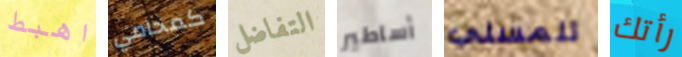
اهبط كمحامي التفاضل أساطير تلمسني رأتك